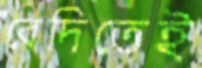
বেদিতেই